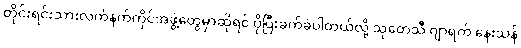
တိုင်းရင်းသားလက်နက်ကိုင်အဖွဲ့တွေမှာဆိုရင် ပိုပြီးခက်ခဲပါတယ်လို့ သုတေသီ ဂျာရက် နေးသန်